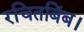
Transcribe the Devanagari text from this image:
रचितबिंब।